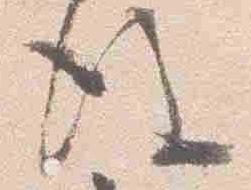
後